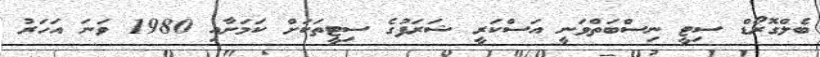
ބެލްގޮރޯޑް ސިޓީ ނިސްބަތްވަނީ އަސްކަރީ ޝަރަފުގެ ސިޓީތަކަށް ކަމަށާއި 1980 ވަނަ އަހަރު